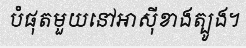
បំផុតមួយនៅអាស៊ីខាងត្បូង។